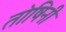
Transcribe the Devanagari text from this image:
तोषिनी